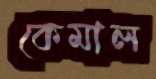
কেমাল